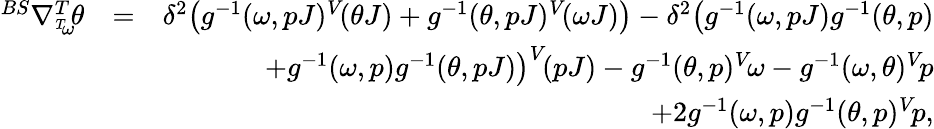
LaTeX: \begin{array}{rlr}{^{BS}\nabla_{^{T}\! \omega}^{T}\! \theta}&{=}&{\delta^{2}\big(g^{-1}(\omega,pJ)^{V}\! (\theta J)+g^{-1}(\theta,pJ)^{V}\! (\omega J)\big)-\delta^{2}\big(g^{-1}(\omega,pJ)g^{-1}(\theta,p)}\\ &{}&{+g^{-1}(\omega,p)g^{-1}(\theta,pJ)\big)^{V}\! (pJ)-g^{-1}(\theta,p)^{V}\! \omega-g^{-1}(\omega,\theta)^{V}\! p}\\ &{}&{+2g^{-1}(\omega,p)g^{-1}(\theta,p)^{V}\! p,}\end{array}